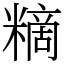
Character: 䊞